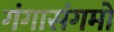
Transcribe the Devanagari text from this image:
गंगासंगमों